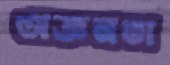
অজ্ঞনতা